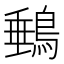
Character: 䳠